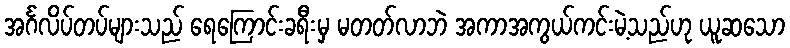
အင်္ဂလိပ်တပ်များသည် ရေကြောင်းခရီးမှ မတတ်လာဘဲ အကာအကွယ်ကင်းမဲ့သည်ဟု ယူဆသော